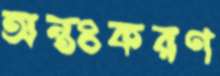
অন্তঃকরণ